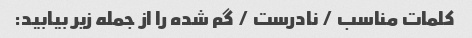
کلمات مناسب / نادرست / گم شده را از جمله زیر بیابید: